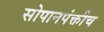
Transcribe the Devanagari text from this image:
सोपानपंक्तीच